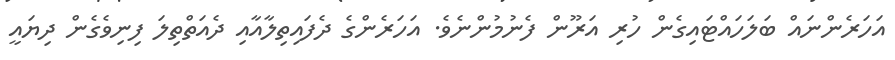
އަހަރެންނައް ބަލަހައްޓައިގެން ހުރި އަރޫން ފެނުމުންނެވެ. އަހަރެންގެ ދެފައިތިލާއާއި ދެއަތްތިލަ ފިނިވެގެން ދިޔައީ